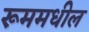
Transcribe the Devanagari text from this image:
रूममधील